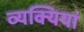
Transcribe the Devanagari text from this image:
व्यक्यियां